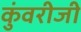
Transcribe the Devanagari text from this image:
कुंवरीजी